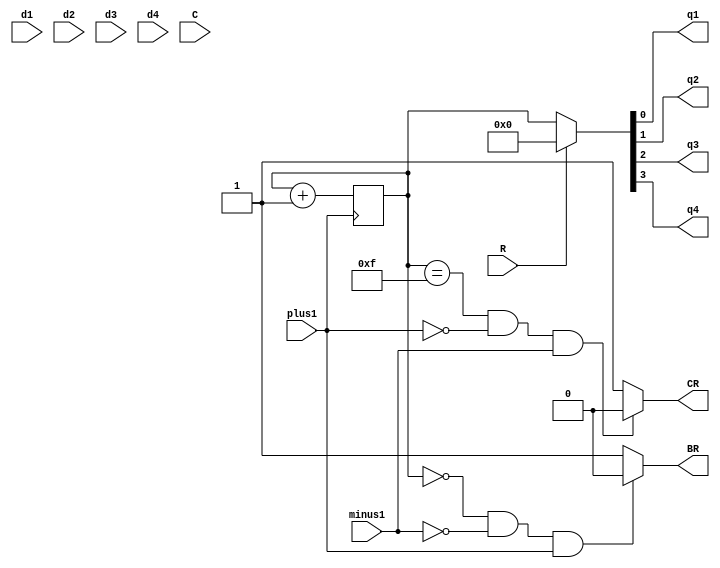
// This program was cloned from: https://github.com/MikhaelKaa/zs-pentagon
// License: MIT License

`define MACRO_74
module ic_1533ie7 (d1,d2,d3,d4, q1,q2,q3,q4, R, C, CR, BR, plus1, minus1);
	input  plus1, minus1, R, C;
	input  d1, d2, d3, d4;
	output q1, q2, q3, q4, CR, BR;
	
	reg[3:0] tempQ = 4'b0000;
	assign CR = (tempQ == 4'b1111 && plus1 == 1'b0 && minus1 == 1'b1)? 1'b0:1'b1;
	assign BR = (tempQ == 4'b0000 && minus1 == 1'b0 && plus1 == 1'b1)? 1'b0:1'b1;

	always @(posedge plus1)	begin
		if(C == 1'b1 && R == 1'b0 && minus1 == 1'b1);
		tempQ = tempQ + 1'b1;
	end

	/*always @(posedge minus1)
	begin
		if (C==1'bl && R==1'b0 && plusi1==1'b1)
		tempQ=tempQ-1'b1;
	end*/

	assign {q4, q3, q2, q1} = (R == 1'b0)? tempQ : 4'b0;
endmodule


module ic_1533kp11
(
    input [3:0] A,
    input [3:0] B,
    input SA,
    input CS,

    output [3:0] Y
);
assign Y = (CS)?(4'bz):((SA)?(B):(A));
endmodule

module ic_1533kp2
(
    input [3:0] A,
    input [3:0] B,
    input S1, S2,
    input EA, EB,
    output AY, BY
);
wire [1:0]sel = {S2, S1};
wire A_out = A[sel];//((sel == 2'b00) & A[0]) | ((sel == 2'b01) & A[1] )| ((sel == 2'b10) & A[2]) | ((sel == 2'b11) & A[3]);
wire B_out = B[sel];//((sel == 2'b00) & B[0]) | ((sel == 2'b01) & B[1]) | ((sel == 2'b10) & B[2]) | ((sel == 2'b11) & B[3]);

assign AY = (EA)?(1'b0):(A_out);
assign BY = (EB)?(1'b0):(B_out);
endmodule

module ic_1533tm8
(
    input [3:0] D,
    output [3:0] Q_p,
    output [3:0] Q_n,
    input C,
    input R
);
reg [3:0] q = 4'b0;
always @(posedge C /*or negedge R*/) begin
    //if(~R) q <= 4'b0;
    /*else*/ q <= D;
end
assign Q_p = q;
assign Q_n = ~q;
endmodule

module ic_1533tm9
(
    input [5:0] D,
    output [5:0] Q,
    input C,
    input R
);
reg [5:0] q = 6'b0;
always @(posedge C or negedge R) begin
    if(~R) q <= 6'b0;
    else q <= D;
end
assign Q = q;
endmodule

module ic_1533ir23
(
    input [7:0] D,
    output [7:0] Q,
    input C,
    input OEn
);
reg [7:0] q = 8'b0;
//always @(posedge C) q <= D;
always @(posedge C) q = D;
assign Q = (OEn)?(8'bz):(q);
endmodule

module ic_1533ir16
(
    input [3:0] D,
    output [3:0] Q,
	input DI,
    input C,
    input PE,
	input OE
);
reg [3:0] q = 4'b0000;
always @(negedge C) begin
    if(PE) q = D;
	//else q <= {DI, q >> 1};
	else q <= {q[3:1], DI};
end
assign Q = (OE)?(q):(4'bz);
endmodule

/////// IR16
module ir16(
input [3:0] D,
input DI, C, PE, OE,
output [3:0] Q
);
reg [3:0] data = 4'b0;
	always @(negedge C) begin
		if (PE) data <= D;
		else data <= {data[2:0], DI};
		
	end
assign Q = OE?(data):(4'bz);
endmodule